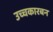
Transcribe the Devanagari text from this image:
उच्चकारबन